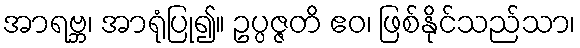
အာရဗ္ဘ၊ အာရုံပြု၍။ ဥပ္ပဇ္ဇတိ ဧဝ၊ ဖြစ်နိုင်သည်သာ၊